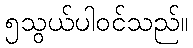
၅သွယ်ပါဝင်သည်။